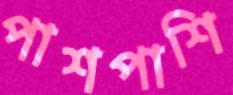
পাশপাশি